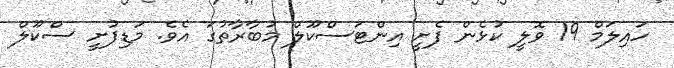
ހައިލަމް 19 ވޮލީ ކުޅެން ފެށީ އިންޓަސްކޫލް މުބާރާތުގަ އެވެ. މަޑިފުށީ ސްކޫލް